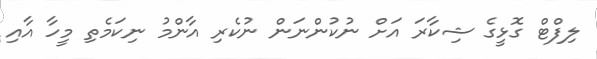
ލިފްޓް ގޮޅީގެ ޝިކާރަ އަށް ނުކުންނަން ނުކެރި އާންމު ނިކަމެތި މީހާ އާއި